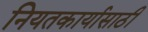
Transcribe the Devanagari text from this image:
नियतकार्यासाठी